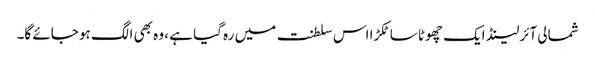
شمالی آئرلینڈ ایک چھوٹا سا ٹکڑا اس سلطنت میں رہ گیا ہے ، وہ بھی الگ ہو جائے گا۔